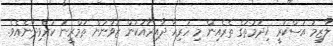
ލާޒިމު އަސްކަރީ ޚިދުމަތުގެ ތެރެއިން މި ހުރިހާ ދާއިރާއަކުން ޒުވާނުން ތަމްރީނު ކުރެވިދާނެއެވެ.